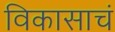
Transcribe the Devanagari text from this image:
विकासाचं